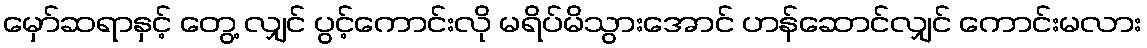
မှော်ဆရာနှင့် တွေ့ လျှင် ပွင့်ကောင်းလို မရိပ်မိသွားအောင် ဟန်ဆောင်လျှင် ကောင်းမလား